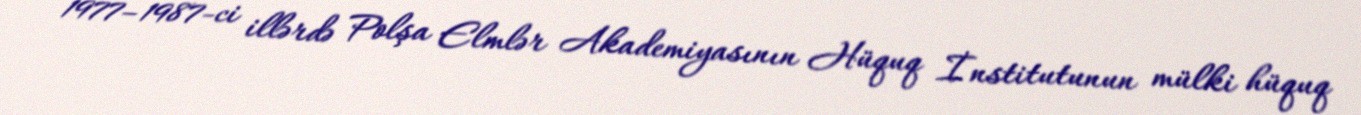
1977–1987-ci illərdə Polşa Elmlər Akademiyasının Hüquq İnstitutunun mülki hüquq